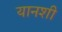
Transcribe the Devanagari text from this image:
यानशी